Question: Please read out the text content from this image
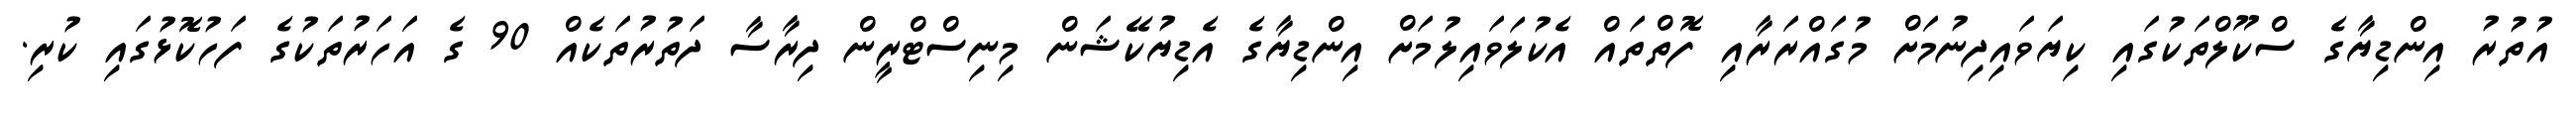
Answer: އުތުރު އިންޑިޔާގެ ސްކޫލްތަކުގައި ކިޔަވައިދިނުމަށް މުގައްރަރާއި ފޮތްތައް އެކުލަވައިލުމަށް އިންޑިޔާގެ އެޑިޔުކޭޝަން މިނިސްޓްރީން ދިރާސާ ދަތުރުތަކެއް 90 ގެ އަހަރުތަކުގެ ފަހުކޮޅުގައި ކުރި.